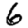
Digit: 6